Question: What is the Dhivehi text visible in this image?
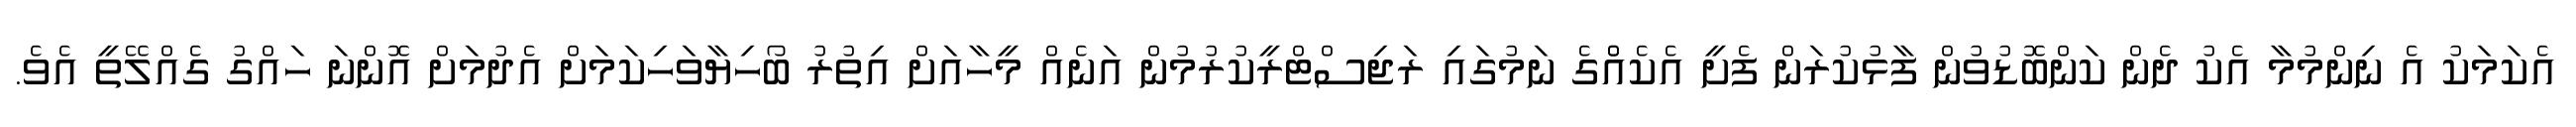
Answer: އެކަމަކު އެ ނިންމުމާ އެކު ދެން ކަންބޮޑުވުން ފާޅުކުރަން ފެށީ އެކެއްްގެ ނަމުގައި ރަޖިސްޓްރީކުރުމުން އަނެއް މީހާއަށް އިތުރު ބޯހިޔާވަހިކަމަށް އެދުމަށް އޮންނަ ހައްގު ގެއްލޭތީ އެވެ.